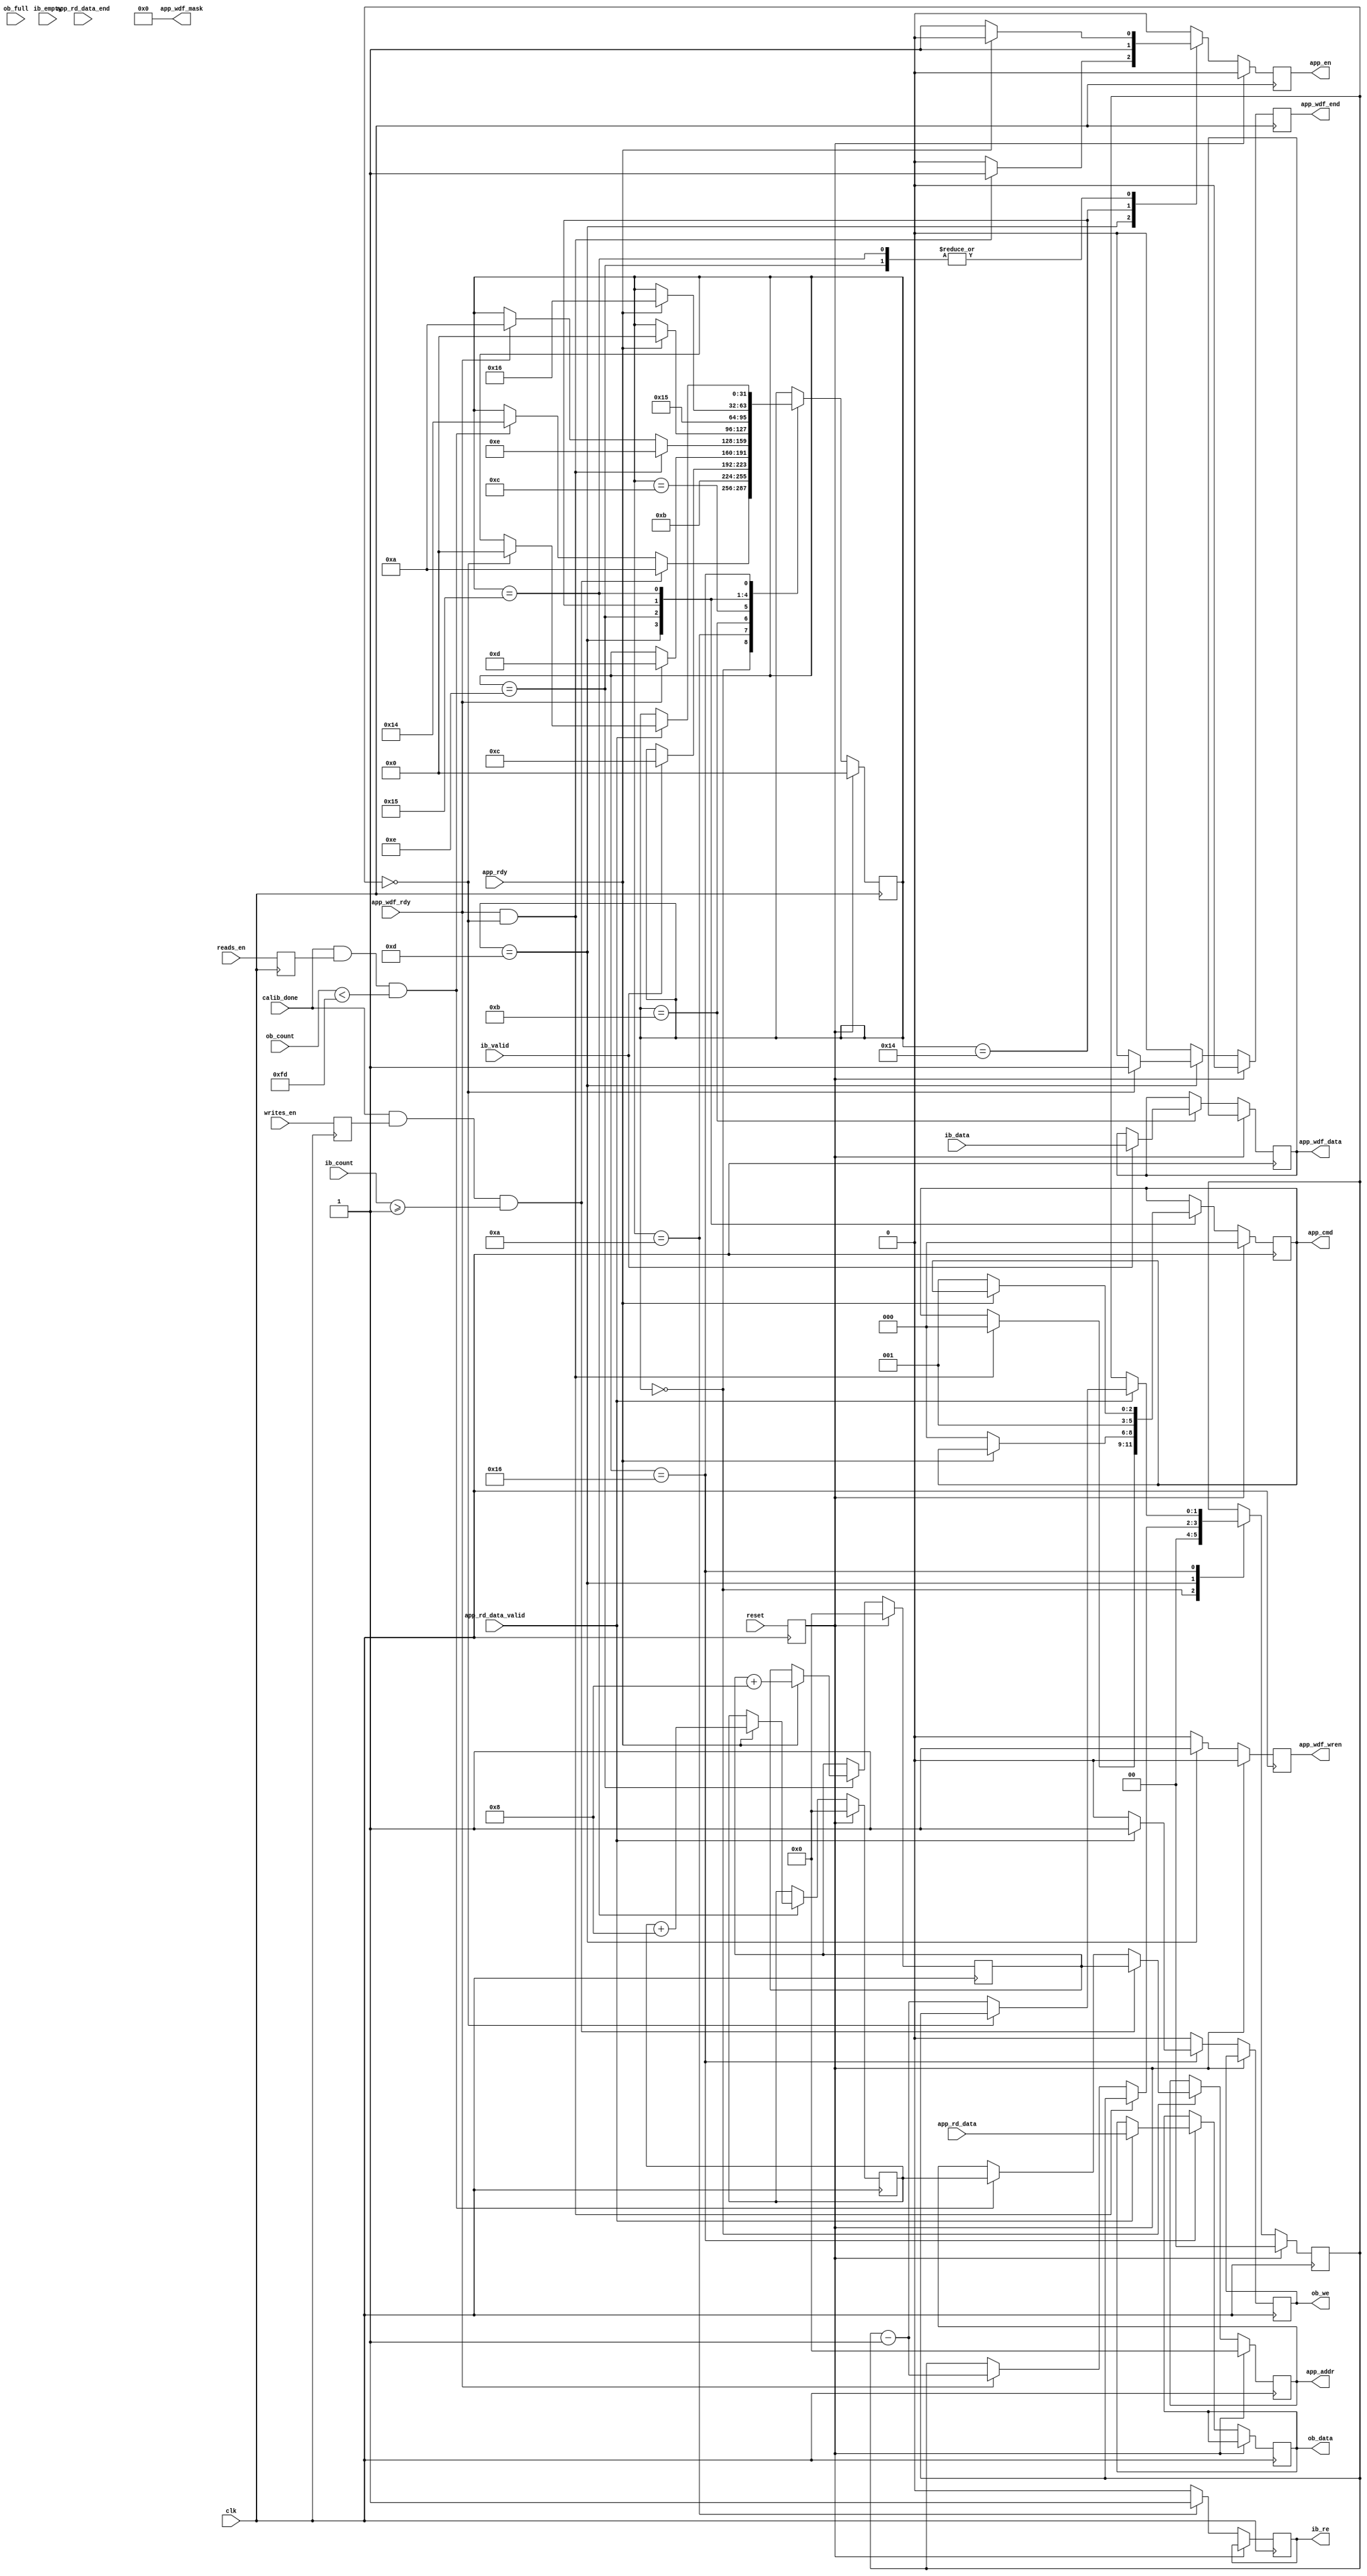

`timescale 1ns/1ps
//`default_nettype none

module ddr3_test
	(
	input  wire          clk,
	(* KEEP = "TRUE" *)input  wire          reset,
	(* KEEP = "TRUE" *)input  wire          writes_en,
	(* KEEP = "TRUE" *)input  wire          reads_en,
	(* KEEP = "TRUE" *)input  wire          calib_done,
	//DDR Input Buffer (ib_)
	(* KEEP = "TRUE" *)output reg           ib_re,
	(* KEEP = "TRUE" *)input  wire [127:0]  ib_data,
	(* KEEP = "TRUE" *)input  wire [7:0]    ib_count,
	(* KEEP = "TRUE" *)input  wire          ib_valid,
	(* KEEP = "TRUE" *)input  wire          ib_empty,
	//DDR Output Buffer (ob_)
	(* KEEP = "TRUE" *)output reg           ob_we,
	(* KEEP = "TRUE" *)output reg  [127:0]  ob_data,
	(* KEEP = "TRUE" *)input  wire [7:0]    ob_count,
	(* KEEP = "TRUE" *)input  wire          ob_full,
	
	(* KEEP = "TRUE" *)input  wire          app_rdy,
	(* KEEP = "TRUE" *)output reg           app_en,
	(* KEEP = "TRUE" *)output reg  [2:0]    app_cmd,
	(* KEEP = "TRUE" *)output reg  [28:0]   app_addr,
	
	(* KEEP = "TRUE" *)input  wire [127:0]  app_rd_data,
	(* KEEP = "TRUE" *)input  wire          app_rd_data_end,
	(* KEEP = "TRUE" *)input  wire          app_rd_data_valid,
	
	(* KEEP = "TRUE" *)input  wire          app_wdf_rdy,
	(* KEEP = "TRUE" *)output reg           app_wdf_wren,
	(* KEEP = "TRUE" *)output reg  [127:0]  app_wdf_data,
	(* KEEP = "TRUE" *)output reg           app_wdf_end,
	(* KEEP = "TRUE" *)output wire [15:0]   app_wdf_mask
	);

localparam FIFO_SIZE           = 256;
localparam BURST_UI_WORD_COUNT = 2'd1; //(WORD_SIZE*BURST_MODE/UI_SIZE) = BURST_UI_WORD_COUNT : 16*8/128 = 1
localparam ADDRESS_INCREMENT   = 5'd8; // UI Address is a word address. BL8 Burst Mode = 8.

(* KEEP = "TRUE" *)reg  [28:0] cmd_byte_addr_wr;
(* KEEP = "TRUE" *)reg  [28:0] cmd_byte_addr_rd;
(* KEEP = "TRUE" *)reg  [1:0]  burst_count;

(* KEEP = "TRUE" *)reg         write_mode;
(* KEEP = "TRUE" *)reg         read_mode;
(* KEEP = "TRUE" *)reg         reset_d;

assign app_wdf_mask = 16'h0000;

always @(posedge clk) write_mode <= writes_en;
always @(posedge clk) read_mode <= reads_en;
always @(posedge clk) reset_d <= reset;


(* KEEP = "TRUE" *)integer state;
localparam s_idle    = 0,
           s_write_0 = 10,
           s_write_1 = 11,
           s_write_2 = 12,
           s_write_3 = 13,
           s_write_4 = 14,
           s_read_0  = 20,
           s_read_1  = 21,
           s_read_2  = 22,
           s_read_3  = 23,
           s_read_4  = 24;
always @(posedge clk) begin
	if (reset_d) begin
		state             <= s_idle;
		burst_count       <= 2'b00;
		cmd_byte_addr_wr  <= 0;
		cmd_byte_addr_rd  <= 0;
		app_en            <= 1'b0;
		app_cmd           <= 3'b0;
		app_addr          <= 28'b0;
		app_wdf_wren      <= 1'b0;
		app_wdf_end       <= 1'b0;
	end else begin
		app_en            <= 1'b0;
		app_wdf_wren      <= 1'b0;
		app_wdf_end       <= 1'b0;
		ib_re             <= 1'b0;
		ob_we             <= 1'b0;


		case (state)
			s_idle: begin
				burst_count <= BURST_UI_WORD_COUNT-1;
				// Only start writing when initialization done
				// Check to ensure that the input buffer has enough data for
				// a burst
				if (calib_done==1 && write_mode==1 && (ib_count >= BURST_UI_WORD_COUNT)) begin
					app_addr <= cmd_byte_addr_wr;
					state <= s_write_0;
					// Check to ensure that the output buffer has enough space
					// for a burst
				end else if (calib_done==1 && read_mode==1 && (ob_count<(FIFO_SIZE-2-BURST_UI_WORD_COUNT) ) ) begin
					app_addr <= cmd_byte_addr_rd;
					state <= s_read_0;
				end
			end

			s_write_0: begin
				state <= s_write_1;
				ib_re <= 1'b1;
			end

			s_write_1: begin
				if(ib_valid==1) begin
					app_wdf_data <= ib_data;
					state <= s_write_2;
				end
			end

			s_write_2: begin
				if (app_wdf_rdy == 1'b1) begin
					state <= s_write_3;
				end
			end

			s_write_3: begin
				app_wdf_wren <= 1'b1;
				if (burst_count == 3'd0) begin
					app_wdf_end <= 1'b1;
				end
				if ( (app_wdf_rdy == 1'b1) & (burst_count == 3'd0) ) begin
					app_en    <= 1'b1;
					app_cmd <= 3'b000;
					state <= s_write_4;
				end else if (app_wdf_rdy == 1'b1) begin
					burst_count <= burst_count - 1'b1;
					state <= s_write_0;
				end
			end

			s_write_4: begin
				if (app_rdy == 1'b1) begin
					cmd_byte_addr_wr <= cmd_byte_addr_wr + ADDRESS_INCREMENT;
					state <= s_idle;
				end else begin
					app_en    <= 1'b1;
					app_cmd <= 3'b000;
				end
			end


			s_read_0: begin
				app_en    <= 1'b1;
				app_cmd <= 3'b001;
				state <= s_read_1;
			end

			s_read_1: begin
				if (app_rdy == 1'b1) begin
					cmd_byte_addr_rd <= cmd_byte_addr_rd + ADDRESS_INCREMENT;
					state <= s_read_2;
				end else begin
					app_en    <= 1'b1;
					app_cmd <= 3'b001;
				end
			end

			s_read_2: begin
				if (app_rd_data_valid == 1'b1) begin
					ob_data <= app_rd_data;
					ob_we <= 1'b1;
					if (burst_count == 3'd0) begin
						state <= s_idle;
					end else begin
						burst_count <= burst_count - 1'b1;
					end
				end
			end
		endcase
	end
end


endmodule